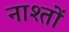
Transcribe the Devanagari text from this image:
नाश्तों